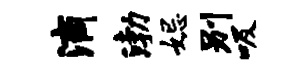
滴渤妃别吸